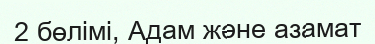
2 бөлімі, Адам және азамат